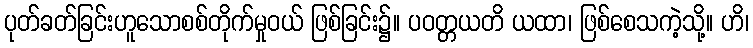
ပုတ်ခတ်ခြင်းဟူသောစစ်တိုက်မှုဝယ် ဖြစ်ခြင်း၌။ ပဝတ္တယတိ ယထာ၊ ဖြစ်စေသကဲ့သို့။ ဟိ၊